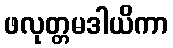
ဖလုတ္တမဒါယိကာ